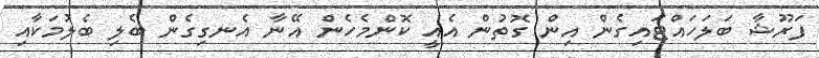
ފަރޫޝާ ބަލަހައްޓައިގެން އިން ގޮތުން އެއީ ކޮންމެހެން އޭނާ އެނގިގެން ބެލި ބެލުމަކާއި